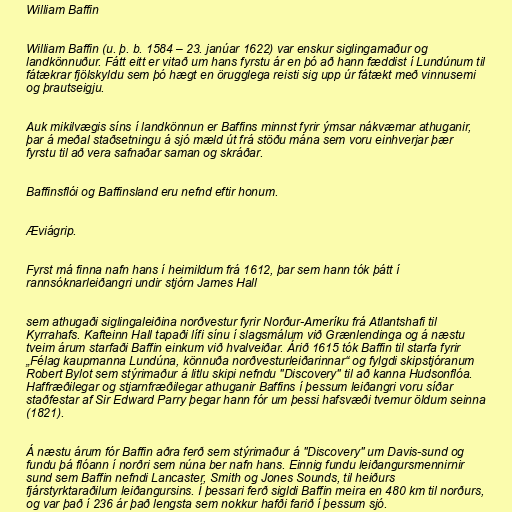
William Baffin

William Baffin (u. þ. b. 1584 – 23. janúar 1622) var enskur siglingamaður og
landkönnuður. Fátt eitt er vitað um hans fyrstu ár en þó að hann fæddist í Lundúnum til
fátækrar fjölskyldu sem þó hægt en örugglega reisti sig upp úr fátækt með vinnusemi
og þrautseigju.

Auk mikilvægis síns í landkönnun er Baffins minnst fyrir ýmsar nákvæmar athuganir,
þar á meðal staðsetningu á sjó mæld út frá stöðu mána sem voru einhverjar þær
fyrstu til að vera safnaðar saman og skráðar.

Baffinsflói og Baffinsland eru nefnd eftir honum.

Æviágrip.

Fyrst má finna nafn hans í heimildum frá 1612, þar sem hann tók þátt í
rannsóknarleiðangri undir stjórn James Hall

sem athugaði siglingaleiðina norðvestur fyrir Norður-Ameríku frá Atlantshafi til
Kyrrahafs. Kafteinn Hall tapaði lífi sínu í slagsmálum við Grænlendinga og á næstu
tveim árum starfaði Baffin einkum við hvalveiðar. Árið 1615 tók Baffin til starfa fyrir
„Félag kaupmanna Lundúna, könnuða norðvesturleiðarinnar“ og fylgdi skipstjóranum
Robert Bylot sem stýrimaður á litlu skipi nefndu "Discovery" til að kanna Hudsonflóa.
Haffræðilegar og stjarnfræðilegar athuganir Baffins í þessum leiðangri voru síðar
staðfestar af Sir Edward Parry þegar hann fór um þessi hafsvæði tvemur öldum seinna
(1821).

Á næstu árum fór Baffin aðra ferð sem stýrimaður á "Discovery" um Davis-sund og
fundu þá flóann í norðri sem núna ber nafn hans. Einnig fundu leiðangursmennirnir
sund sem Baffin nefndi Lancaster, Smith og Jones Sounds, til heiðurs
fjárstyrktaraðilum leiðangursins. Í þessari ferð sigldi Baffin meira en 480 km til norðurs,
og var það í 236 ár það lengsta sem nokkur hafði farið í þessum sjó.